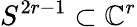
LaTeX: S^{2r-1}\subset\mathbb{C}^{r}